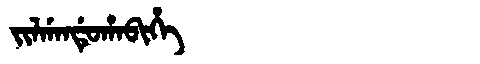
Manchu: ᠵᡳᠯᡤᠠᠨᡩᡠᡥᠠᠪᡳᡥᡝ
Romanization: JILGANDUHABIHE